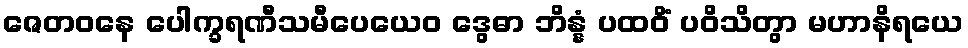
ဇေတဝနေ ပေါက္ခရဏီသမီပေယေဝ ဒွေဓာ ဘိန္နံ ပထဝိံ ပဝိသိတွာ မဟာနိရယေ